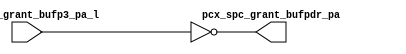
module pcx_buf_pdr(/*AUTOARG*/
   // Outputs
   pcx_spc_grant_bufpdr_pa, 
   // Inputs
   pcx_spc_grant_bufp3_pa_l
   );

   output [4:0] 	pcx_spc_grant_bufpdr_pa;
   

   input [4:0] 		pcx_spc_grant_bufp3_pa_l;


   assign pcx_spc_grant_bufpdr_pa =	~pcx_spc_grant_bufp3_pa_l;



   

endmodule